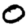
Digit: 0